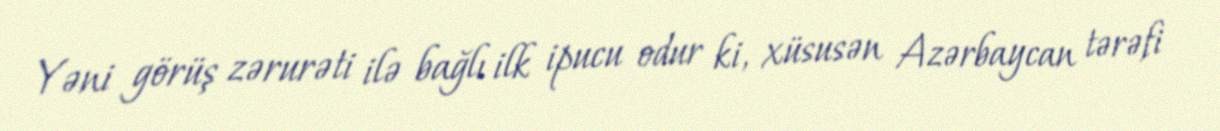
Yəni görüş zərurəti ilə bağlı ilk ipucu odur ki, xüsusən Azərbaycan tərəfi